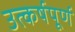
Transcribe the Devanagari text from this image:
उत्कर्षपूर्ण